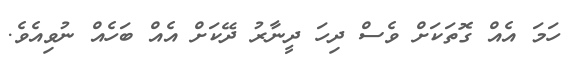
ހަމަ އެއް ގޮތަކަށް ވެސް ދިހަ ދީނާރު ދޭކަށް އެއް ބަހެއް ނުވިއެވެ.